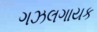
ગઝલગાયક